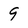
Character: 9